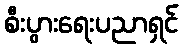
စီးပွားရေးပညာရှင်